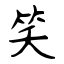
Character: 笑